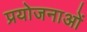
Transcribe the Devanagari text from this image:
प्रयोजनाओं